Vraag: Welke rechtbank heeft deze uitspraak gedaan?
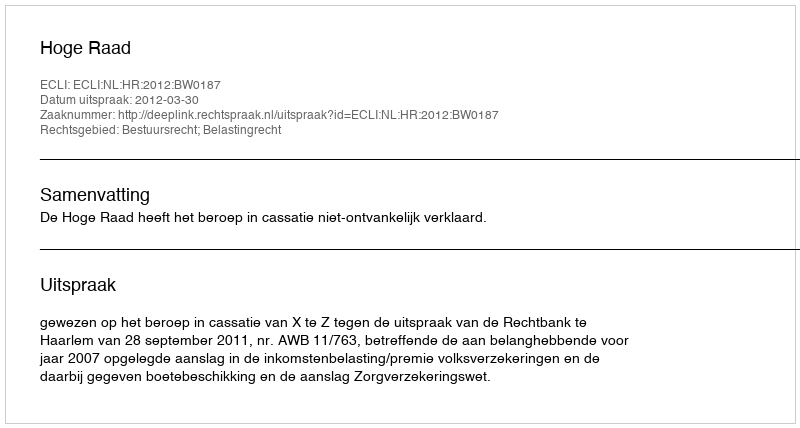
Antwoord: Hoge Raad